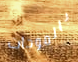
بالموجات